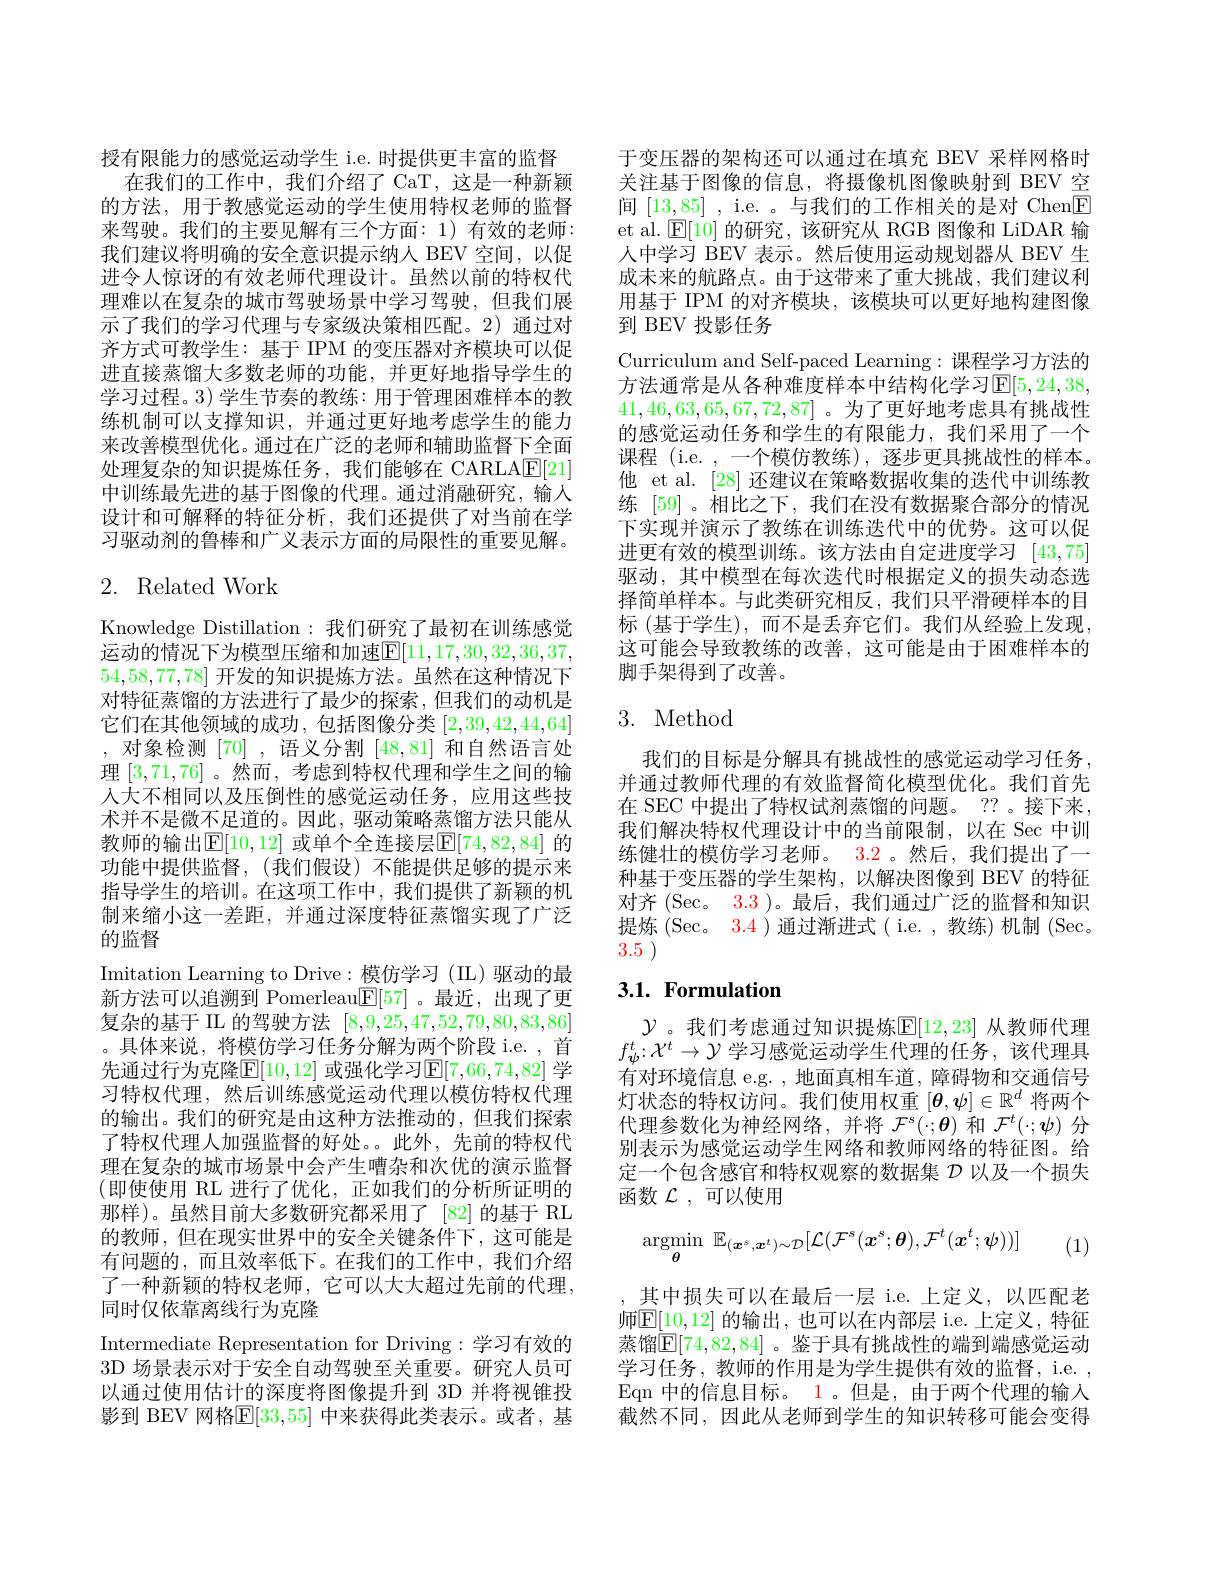
授有限能力的感觉运动学生 i.e. 时提供更丰富的监督
在我们的工作中，我们介绍了 CaT,这是一种新颖的方法，用于教感觉运动的学生使用特权老师的监督来驾驶。我们的主要见解有三个方面：1)有效的老师： 我们建议将明确的安全意识提示纳人 BEV 空间，以促进令人惊讶的有效老师代理设计。虽然以前的特权代理难以在复杂的城市驾驶场景中学习驾驶，但我们展示了我们的学习代理与专家级决策相匹配。2)通过对齐方式可教学生：基于 IPM 的变压器对齐模块可以促进直接蒸馏大多数老师的功能，并更好地指导学生的学习过程。3) 学生节奏的教练：用于管理困难样本的教练机制可以支撑知识，并通过更好地考虑学生的能力来改善模型优化。通过在广泛的老师和辅助监督下全面处理复杂的知识提炼任务，我们能够在 CARLA$\boxed{\mathrm{F}}[21]$ 中训练最先进的基于图像的代理。通过消融研究，输入设计和可解释的特征分析，我们还提供了对当前在学习驱动剂的鲁棒和广义表示方面的局限性的重要见解。

# 2. Related Work

Knowledge Distillation:我们研究了最初在训练感觉运动的情况下为模型压缩和加速$\mathbb{E}[11,17,30,32,36,37$, 54,58,77,78]开发的知识提炼方法。虽然在这种情况下对特征蒸馏的方法进行了最少的探索，但我们的动机是它们在其他领域的成功，包括图像分类[2,39,42,44,64] ,对象检测[70],语义分割[48,81] 和自然语言处理[3,71,76] 。然而，考虑到特权代理和学生之间的输人大不相同以及压倒性的感觉运动任务，应用这些技术并不是微不足道的。因此，驱动策略蒸馏方法只能从教师的输出$\mathbb{E}[10,12]$ 或单个全连接层$\mathbb{E}[74,82,84]$ 的功能中提供监督，(我们假设)不能提供足够的提示来指导学生的培训。在这项工作中，我们提供了新颖的机制来缩小这一差距，并通过深度特征蒸馏实现了广泛的监督
Imitation Learning to Drive:模仿学习 (IIL)驱动的最新方法可以追溯到 Pomerleau$\boxed{\mathbb{E}}[57]$。最近，出现了更复杂的基于 II 的驾驶方法[8,9,25,47,52,79,80,83,86] 。具体来说，将模仿学习任务分解为两个阶段 i.e. , 首先通过行为克隆$\mathbb{E}[10,12]$ 或强化学习$\mathbb{E}[7,66,74,82]$ 学习特权代理，然后训练感觉运动代理以模仿特权代理的输出。我们的研究是由这种方法推动的，但我们探索了特权代理人加强监督的好处。。此外，先前的特权代理在复杂的城市场景中会产生嘈杂和次优的演示监督(即使使用 RL 进行了优化，正如我们的分析所证明的那样)。虽然目前大多数研究都采用了 [82]的基于 RL 的教师，但在现实世界中的安全关键条件下，这可能是有问题的，而且效率低下。在我们的工作中，我们介绍了一种新颖的特权老师，它可以大大超过先前的代理， 同时仅依靠离线行为克隆
Intermediate Representation for Driving:学习有效的3D 场景表示对于安全自动驾驶至关重要。研究人员可以通过使用估计的深度将图像提升到 3D 并将视锥投影到 BEV 网格$\mathbb{E}[33,55]$ 中来获得此类表示。或者，基

于变压器的架构还可以通过在填充 BEV 采样网格时关注基于图像的信息，将摄像机图像映射到 BEV 空间[13,85] , i.e. 。与我们的工作相关的是对 Chen$\boxed{\mathrm{F}}$ et al. $\operatorname{E}[10]$的研究，该研究从 RGB 图像和 LiDAR 输人中学习 BEV 表示。然后使用运动规划器从 BEV 生成未来的航路点。由于这带来了重大挑战，我们建议利用基于 IPM 的对齐模块，该模块可以更好地构建图像到 BEV 投影任务
Curriculum and Self-paced Learning:课程学习方法的方法通常是从各种难度样本中结构化学习$\mathbb{E}[5,24,38$, 41,46,63,65,67,72,87] 。为了更好地考虑具有挑战性的感觉运动任务和学生的有限能力，我们采用了一个课程 (i.e. ,一个模仿教练), 逐步更具挑战性的样本。他 et al. [28] 还建议在策略数据收集的迭代中训练教练 [59]。相比之下，我们在没有数据聚合部分的情况下实现并演示了教练在训练迭代中的优势。这可以促进更有效的模型训练。该方法由自定进度学习[43,75] 驱动，其中模型在每次迭代时根据定义的损失动态选择简单样本。与此类研究相反，我们只平滑硬样本的目标 (基于学生),而不是丢弃它们。我们从经验上发现这可能会导致教练的改善，这可能是由于困难样本的脚手架得到了改善。

# 3. Method

我们的目标是分解具有挑战性的感觉运动学习任务， 并通过教师代理的有效监督简化模型优化。我们首先在 SEC 中提出了特权试剂蒸馏的问题。??。接下来， 我们解决特权代理设计中的当前限制，以在 Sec 中训练健壮的模仿学习老师。3.2 。然后，我们提出了一种基于变压器的学生架构，以解决图像到 BEV 的特征对齐 (Sec。3.3 )。最后，我们通过广泛的监督和知识提炼 (Sec。3.4 ) 通过渐进式( i.e. , 教练) 机制 (Sec. 3.5 )

# 3.1. Formulation

$\mathcal{Y}$。我们考虑通过知识提炼$\mathbb{E}[12,23]$ 从教师代理$f_\psi^t{:}\mathcal{X}^t\to\mathcal{Y}$学习感觉运动学生代理的任务，该代理具有对环境信息 e.g. , 地面真相车道，障碍物和交通信号灯状态的特权访问。我们使用权重$[\boldsymbol{\theta},\psi]\in\mathbb{R}^d$将两个代理参数化为神经网络，并将$\mathcal{F}^s(\cdot;\boldsymbol{\theta})$和$\mathcal{F}^t(\cdot;\psi)$分别表示为感觉运动学生网络和教师网络的特征图。给定一个包含感官和特权观察的数据集$\mathcal{D}$以及一个损失函数$\mathcal{L}$,可以使用
$$\mathop{\mathrm{argmin}}_{\boldsymbol{\theta}}\:\mathbb{E}_{(\boldsymbol{x}^{s},\boldsymbol{x}^{t})\sim\mathcal{D}}[\mathcal{L}(\mathcal{F}^{s}(\boldsymbol{x}^{s};\boldsymbol{\theta}),\mathcal{F}^{t}(\boldsymbol{x}^{t};\boldsymbol{\psi}))]$$
(1)

其中损失可以在最后一层 i.e. 上定义，以匹配老师$\boxed{\mathrm{E}}[10,12]$ 的输出，也可以在内部层 i.e. 上定义，特征蒸馏$\mathbb{E}[74,82,84]$ 。鉴于具有挑战性的端到端感觉运动学习任务，教师的作用是为学生提供有效的监督，i.e. , Eqn 中的信息目标。1。但是，由于两个代理的输入截然不同，因此从老师到学生的知识转移可能会变得